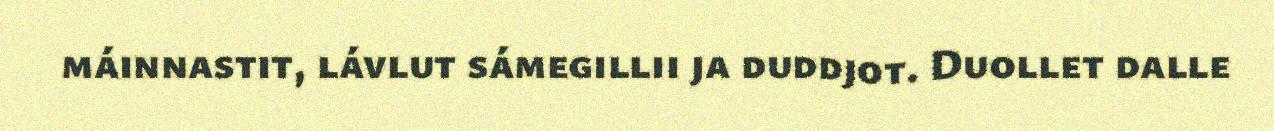
máinnastit, lávlut sámegillii ja duddjot. Duollet dalle